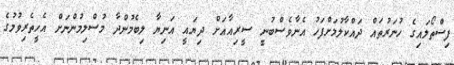
ފިސްތޯލައިގެ ހުނަރުތައް ދައްކާލުމަށްފަހު އެނާވެސްބުނީ ސީރިއާއަށް ދިޔައީ އަނިޔާ ލިބެމުންދާ މުސްލިމުންނަށް އެހީތެރިވުމުގެ